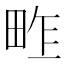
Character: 𤱴